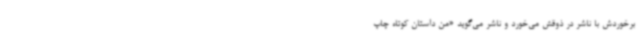
برخوردش با ناشر در ذوقش می‌خورد و ناشر می‌گوید «من داستان کوتاه چاپ